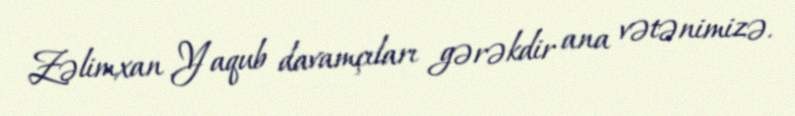
Zəlimxan Yaqub davamçıları gərəkdir ana vətənimizə.